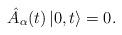
LaTeX: \begin{align*}\hat{A}_\alpha (t) \left| 0, t \right> = 0.\end{align*}